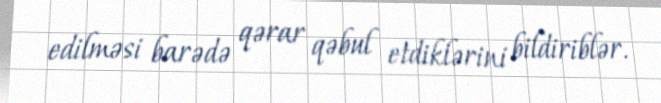
edilməsi barədə qərar qəbul etdiklərini bildiriblər.